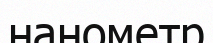
нанометр